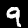
Label: 9